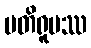
ပတိရူပဿ